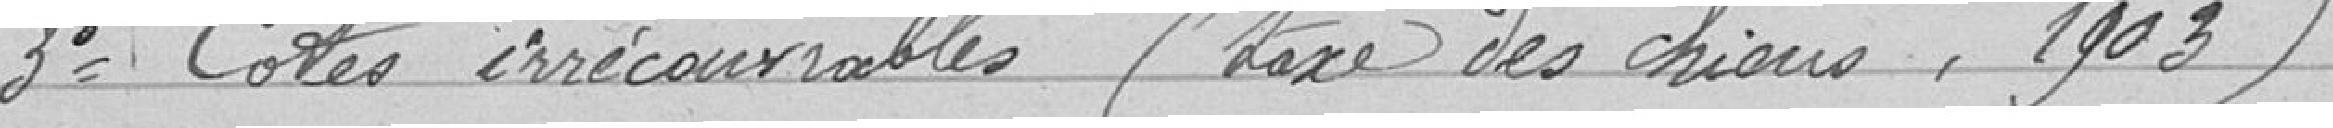
3° Cotes irrécouvrables (taxe des chions, 1903)